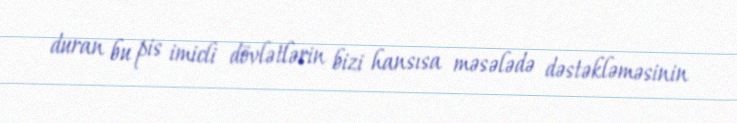
duran bu pis imicli dövlətlərin bizi hansısa məsələdə dəstəkləməsinin